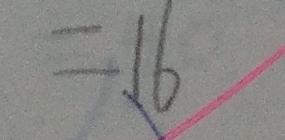
= 1 6